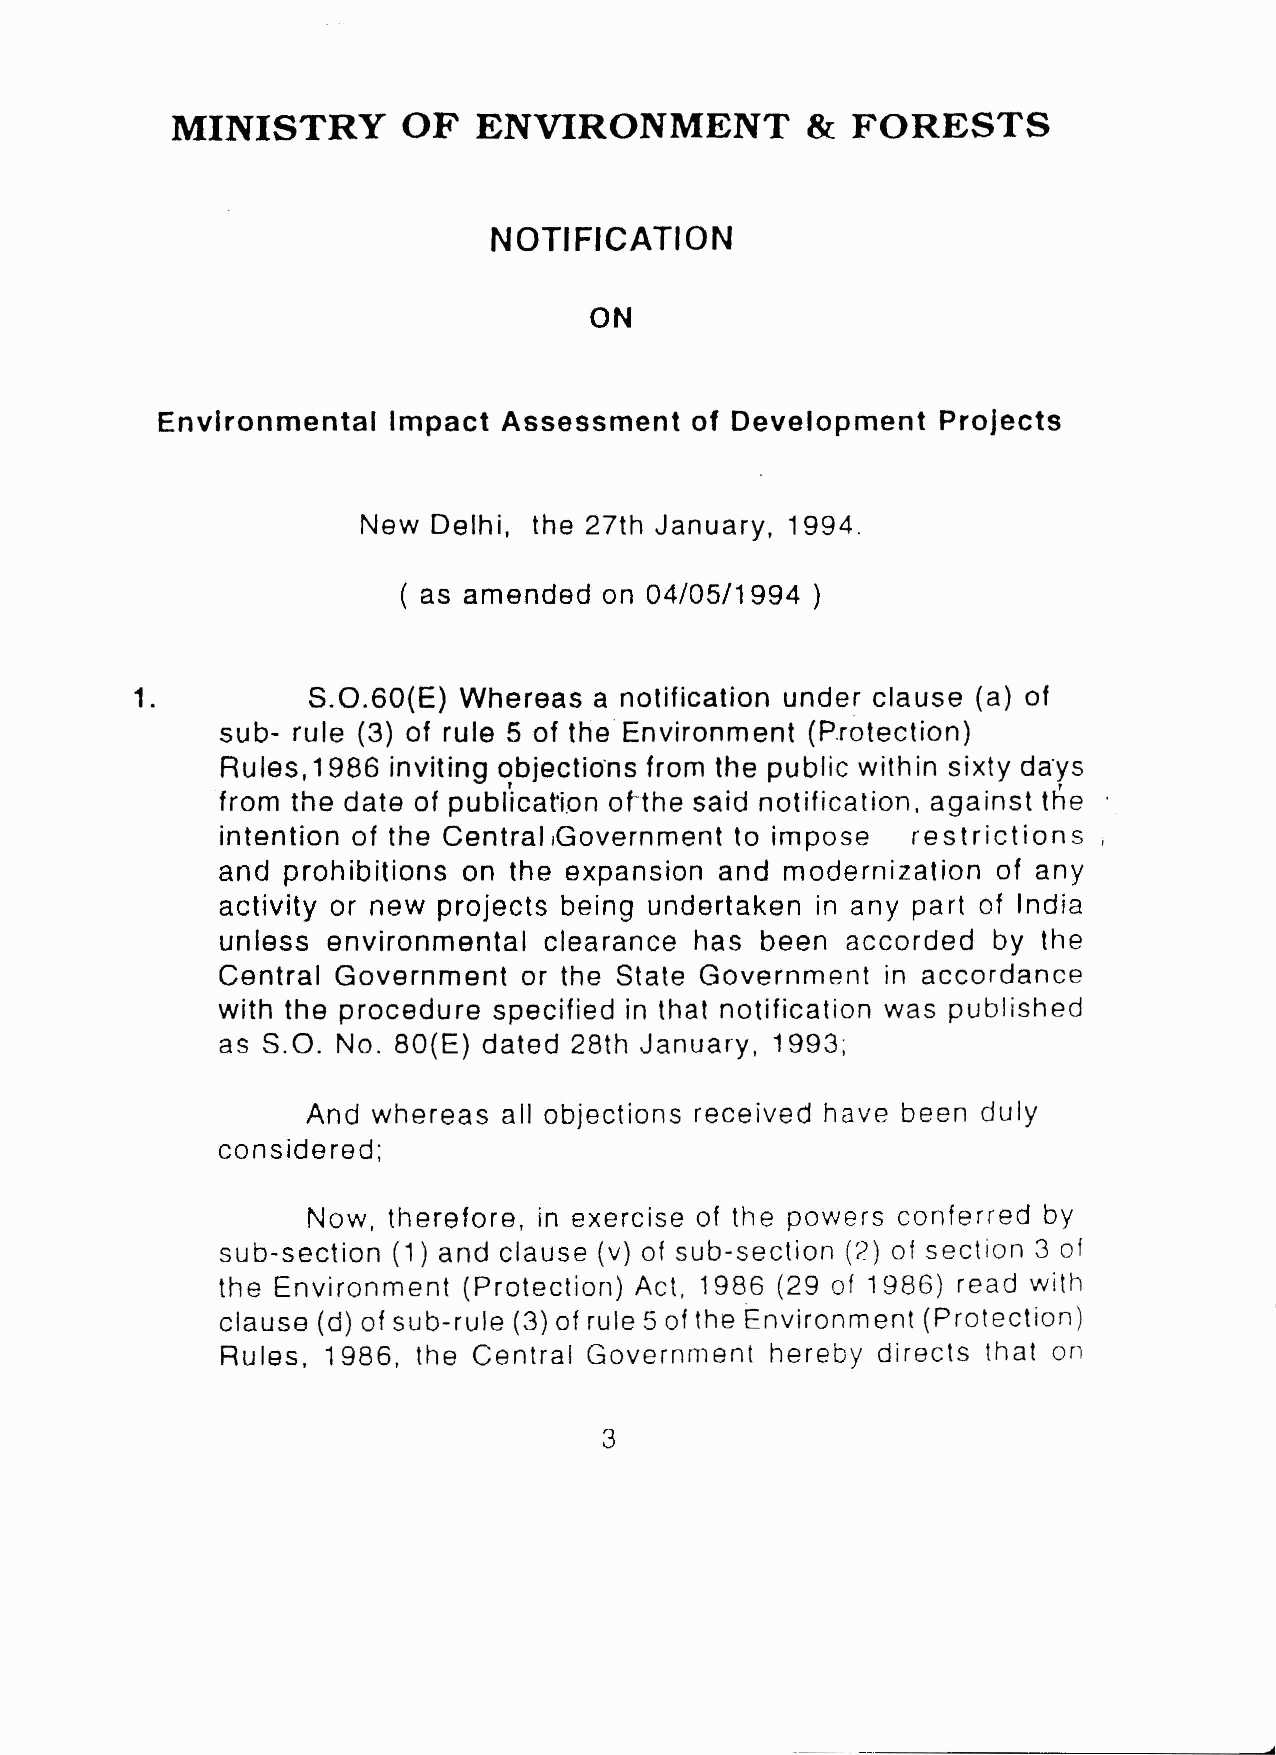
MINISTRY        OF  ENVIRONMENT           &  FORESTS
 NOTIFICATION
 ON
 Environmental   Impact Assessment   of Development  Projects
 New  Delhi, the 27th January, 1994.
 ( as amended  on 04/05/1994 )
 1.         S.O.60(E) Whereas  a notification under clause (a) of
 sub- rule (3) of rule 5 of the'Environment (P.rotection)
 Rules, 1986 inviting objections from the public within sixty da-ys
 r                                   ,
 from the date of publication ohhe said notification, against the
 intention of the Central .Government to impose re stri ction s ,
 and  prohibitions on the expansion and modernization of any
 activity or new projects being undertaken in any part of India
 unless environmental clearance has been  accorded  by the
 Central Government  or the State Government in accordance
 with the procedure specified in that notification was published
 as 8.0. No. 80(E) dated 28th January, 1993;
 And  whereas all objections received have been duly
 considered;
 Now,  therefore, in exercise of the powers conferred by
 sub-section (1) and clause (v) of sub-section (2) of section 3 of
 the Environment (Protection) Act , 1986 (29 of 1986) read with
 clause (d) of sub-rule (3) of rule 5 of the Environment (Protection)
 Rules, 1986, the Central Government hereby directs that on
 3